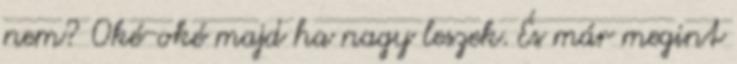
nem? Oké-oké majd ha nagy leszek. És már megint